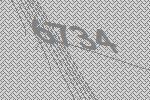
6734